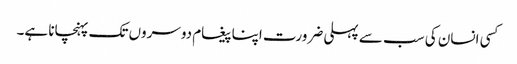
کسی انسان کی سب سے پہلی ضرورت اپنا پیغام دوسروں تک پہنچانا ہے۔